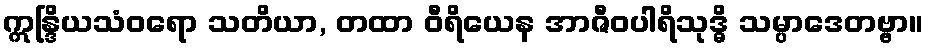
ဣန္ဒြိယသံဝရော သတိယာ, တထာ ဝီရိယေန အာဇီဝပါရိသုဒ္ဓိ သမ္ပာဒေတဗ္ဗာ။